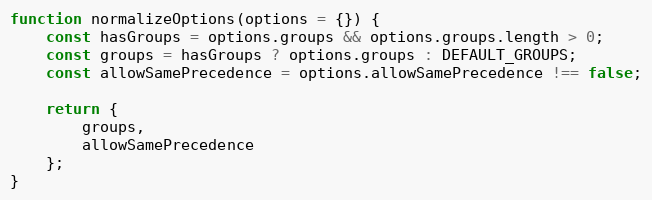
Language: JavaScript
function normalizeOptions(options = {}) {
    const hasGroups = options.groups && options.groups.length > 0;
    const groups = hasGroups ? options.groups : DEFAULT_GROUPS;
    const allowSamePrecedence = options.allowSamePrecedence !== false;

    return {
        groups,
        allowSamePrecedence
    };
}